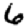
Digit: 6